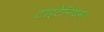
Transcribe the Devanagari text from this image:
टाइटेनियम।